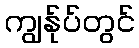
ကျွန်ုပ်တွင်